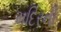
મદિરની